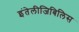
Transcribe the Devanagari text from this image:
इंतेलीजिबिलिस